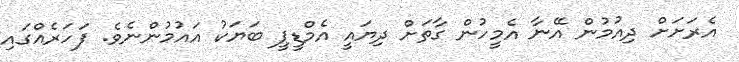
އެރަށަށް ދިއުމުން އޭނާ އެމީހުން ގާތަށް ދިޔައީ އެމްޑީޕީ ބަޔަކު އައުމުންނެވެ. ފަހަރެއްގައި